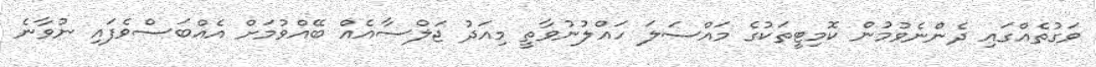
ވަގުތެއްގައި ދެންނެވުމުން ކޮމިޓީތަކުގެ މައްސަލަ ހައްލުނުވާތީ މިއަދު ޖަލްސާއެއް ބޭއްވުމަށް އެއްބަސްވެފައި ނުވާނެ